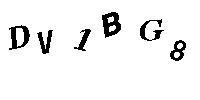
DV1BG8